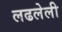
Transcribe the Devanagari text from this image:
लढलेली